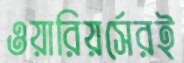
ওয়ারিয়র্সেরই